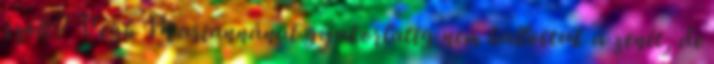
szólt? Végh Mariannánál gyakorlatig nem hallottuk a zenét, de